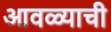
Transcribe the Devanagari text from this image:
आवळ्याची